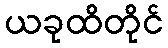
ယခုထိတိုင်